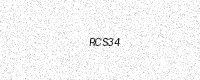
Text: RCS34